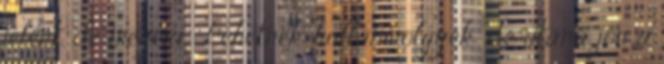
jelent, de megéri. Lehetnek hullámvölgyek, de utána jön a